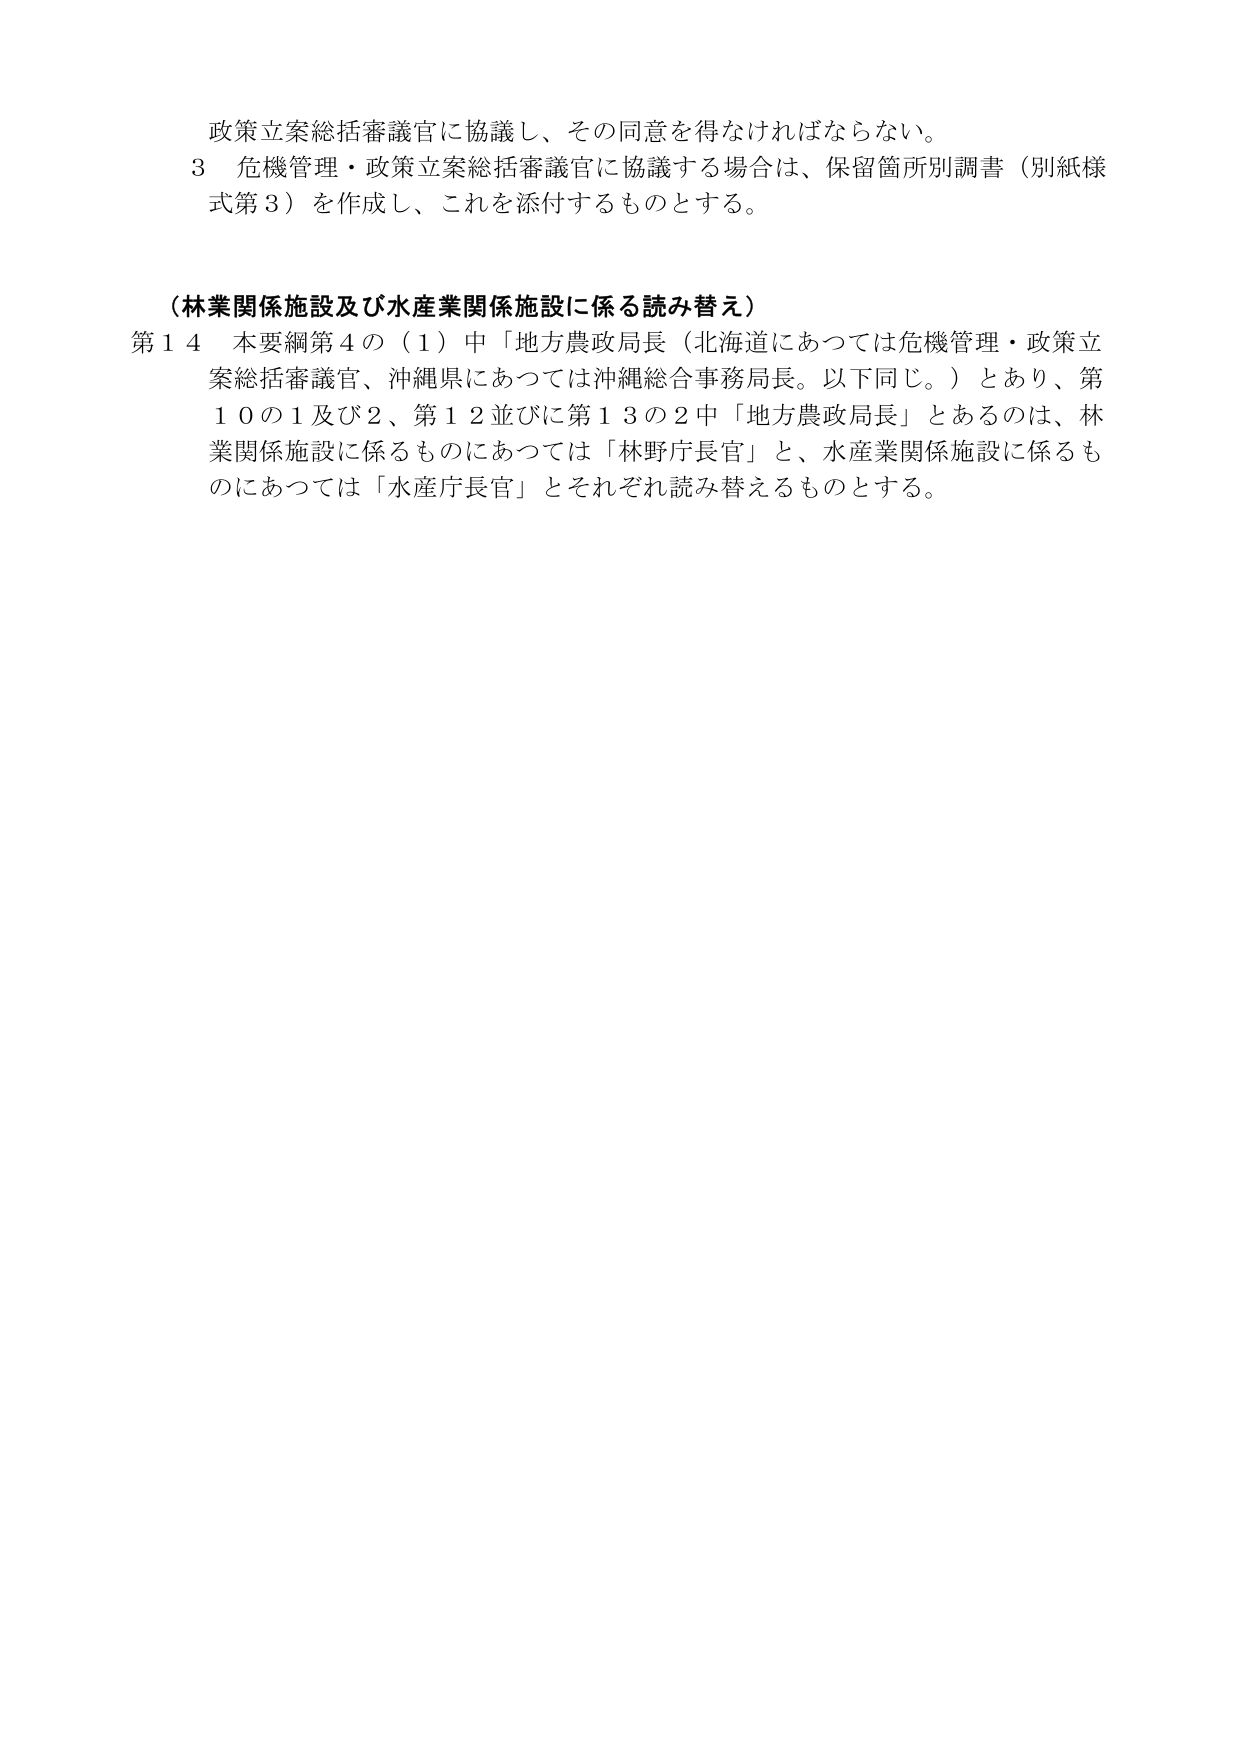
政策立案総括審議官に協議し、その同意を得なければならない。
３ 危機管理・政策立案総括審議官に協議する場合は、保留箇所別調書（別紙様式第３）を作成し、これを添付するものとする。

（林業関係施設及び水産業関係施設に係る読み替え）
第１４ 本要綱第４の（１）中「地方農政局長（北海道にあつては危機管理・政策立案総括審議官、沖縄県にあつては沖縄総合事務局長。以下同じ。）とあり、第１０の１及び２、第１２並びに第１３の２中「地方農政局長」とあるのは、林業関係施設に係るものにあつては「林野庁長官」と、水産業関係施設に係るものにあつては「水産庁長官」とそれぞれ読み替えるものとする。